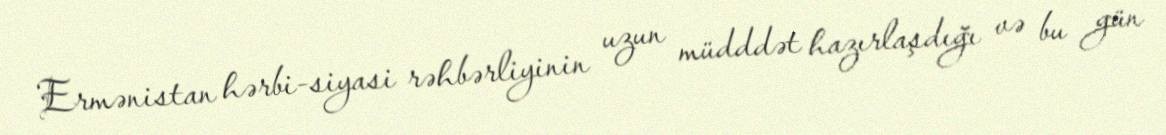
Ermənistan hərbi-siyasi rəhbərliyinin uzun müdddət hazırlaşdığı və bu gün